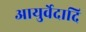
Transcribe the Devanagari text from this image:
आयुर्वेदादि